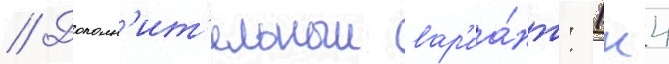
// Дополн'ит'ельныи вар'иа́нт: 1к4